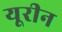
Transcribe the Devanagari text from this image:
यूरीन